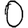
Digit: 0